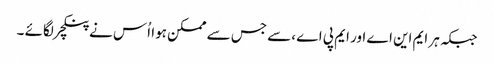
جبکہ ہر ایم این اے اور ایم پی اے ،سے جس سے ممکن ہوا اُس نے پنکچر لگائے ۔